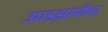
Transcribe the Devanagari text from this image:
उघडझापीचा